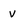
Character: v